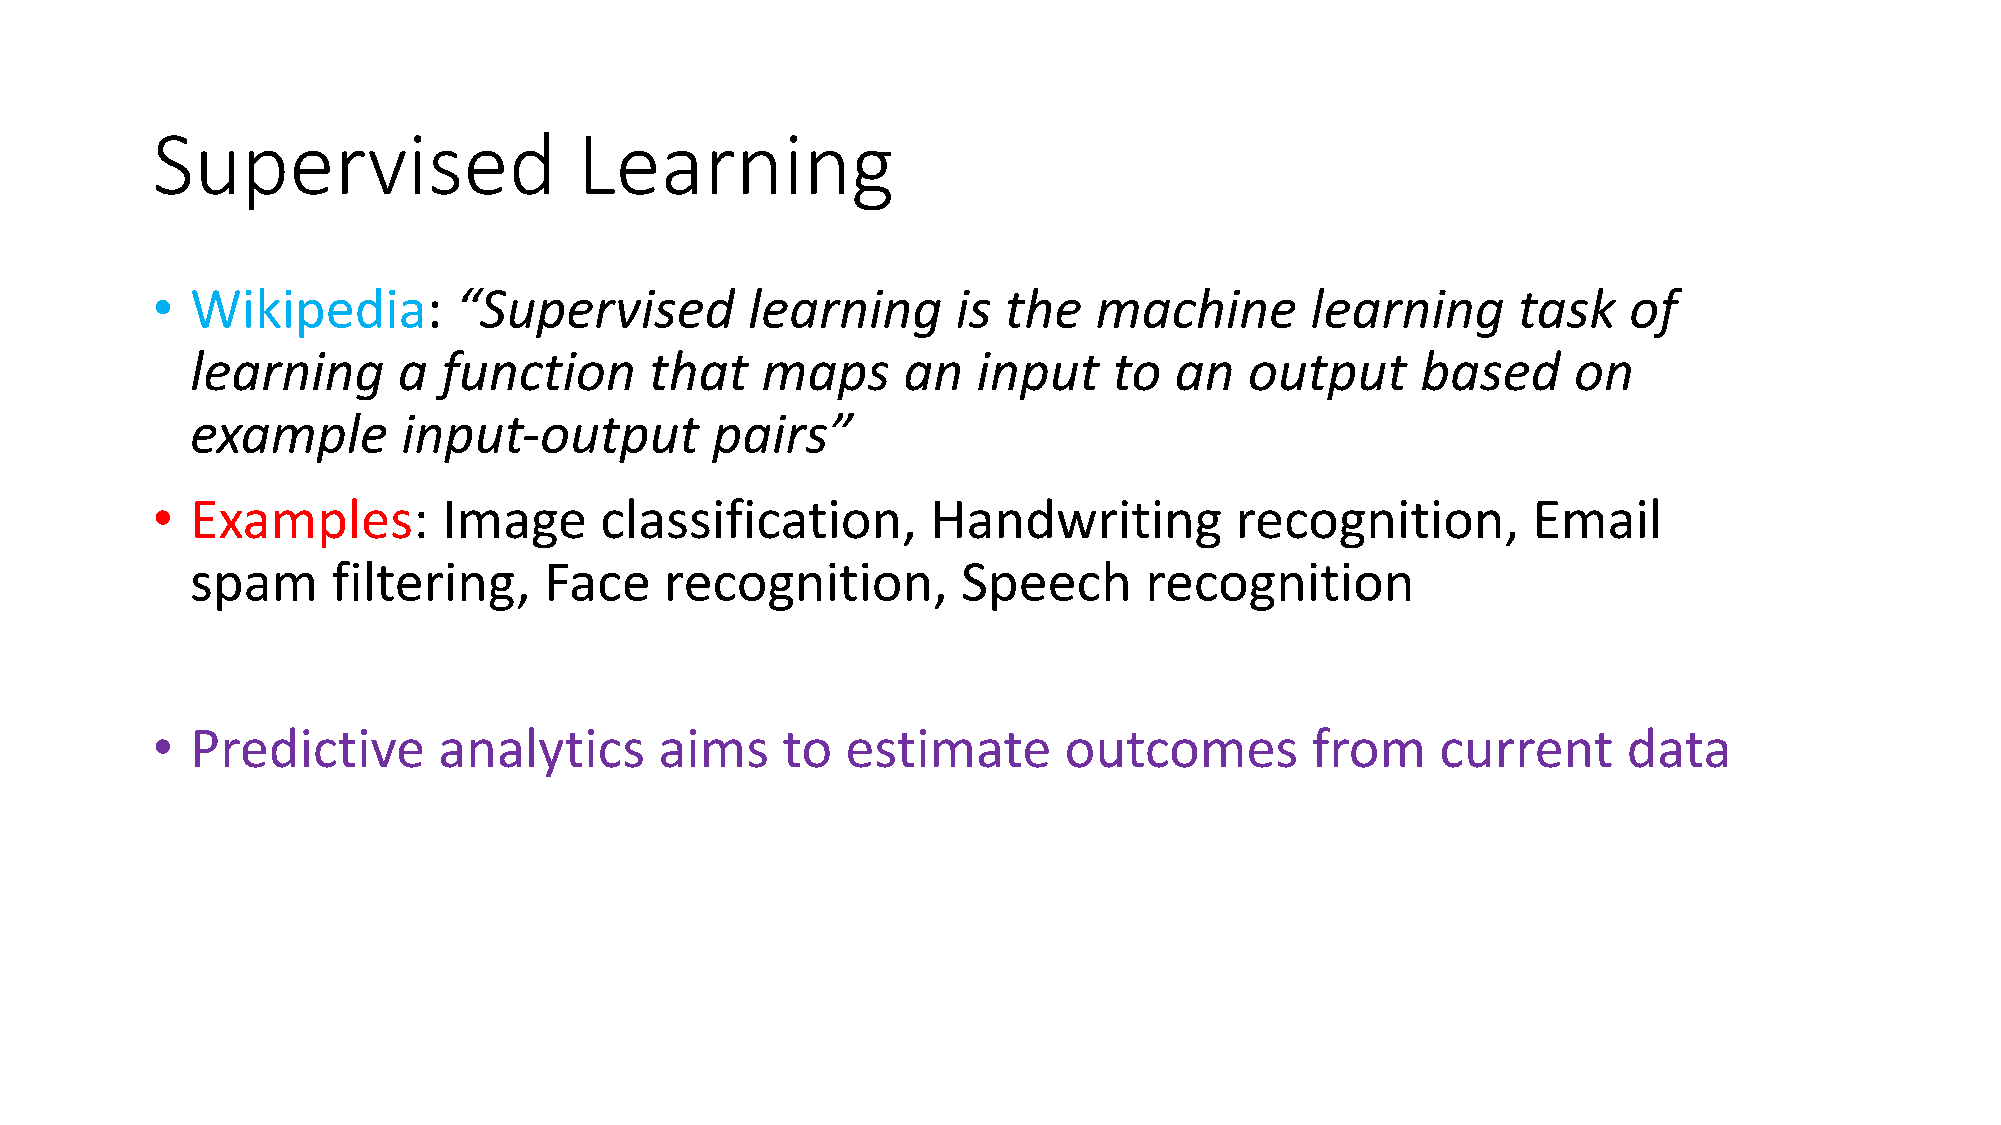
Supervised                  Learning
 •  Wikipedia:       “Supervised        learning      is the   machine        learning     task    of
 learning     a  function      that   maps      an   input    to  an   output     based     on
 example       input-output        pairs”
 •  Examples:       Image      classification,       Handwriting         recognition,       Email
 spam     filtering,    Face    recognition,        Speech      recognition
 •  Predictive      analytics      aims    to  estimate      outcomes         from    current      data